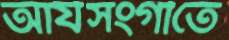
আর্যসংগীতে